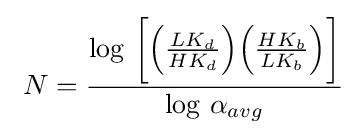
\ N={\frac {\log \,{\bigg [}{\Big (}{\frac {LK_{d}}{HK_{d}}}{\Big )}{\Big (}{\frac {HK_{b}}{LK_{b}}}{\Big )}{\bigg ]}}{\log \,\alpha _{avg}}}